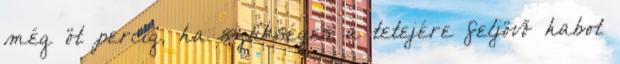
még öt percig, ha szükséges a tetejére feljövő habot